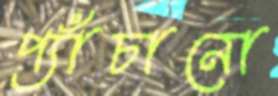
প্যাঁচানো